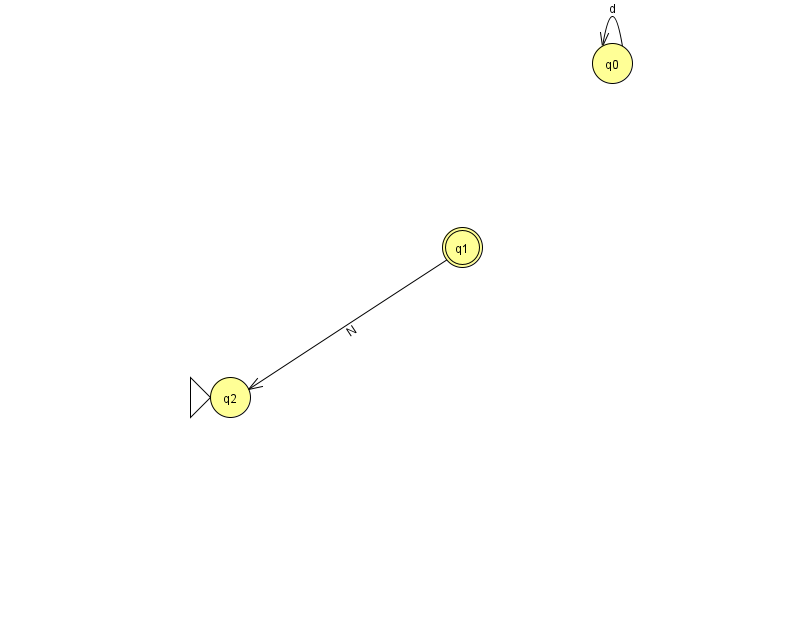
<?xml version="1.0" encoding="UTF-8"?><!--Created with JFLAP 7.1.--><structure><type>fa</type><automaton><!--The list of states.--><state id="0" name="q0"><x>612.0</x><y>50.0</y></state><state id="1" name="q1"><x>462.0</x><y>234.0</y><final/></state><state id="2" name="q2"><x>230.0</x><y>384.0</y><initial/></state><!--The list of transitions.--><transition><from>0</from><to>0</to><read>d</read></transition><transition><from>1</from><to>2</to><read>N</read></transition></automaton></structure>